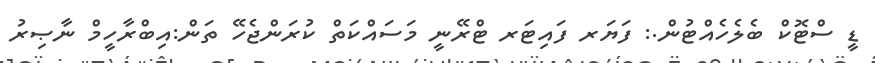
ޑީ ސްޓޮކް ބެލެހެއްޓުން.: ފަޔަރ ފައިޓަރ ޓްރޭނީ މަސައްކަތް ކުރަންޖެހޭ ތަން:އިބްރާހީމް ނާޞިރު